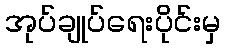
အုပ်ချုပ်ရေးပိုင်းမှ